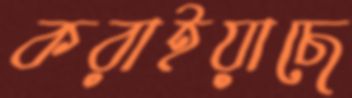
করাইয়াছে